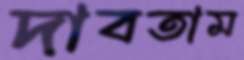
দাবতাম